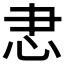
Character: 𢗱